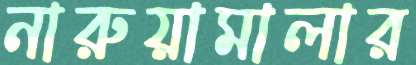
নারুয়ামালার